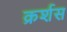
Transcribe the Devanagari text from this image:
क्रर्शस